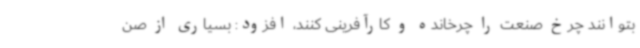
بتوانند چرخ صنعت را چرخانده و کارآفرینی کنند، افزود: بسیاری از صن